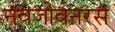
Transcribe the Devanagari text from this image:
नवजीवनरस